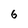
Character: 6